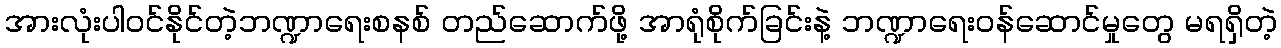
အားလုံးပါဝင်နိုင်တဲ့ဘဏ္ဍာရေးစနစ် တည်ဆောက်ဖို့ အာရုံစိုက်ခြင်းနဲ့ ဘဏ္ဍာရေးဝန်ဆောင်မှုတွေ မရရှိတဲ့